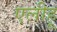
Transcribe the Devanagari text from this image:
एलीहू